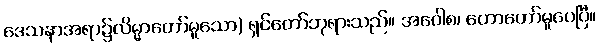
ဒေသနာအရာ၌လိမ္မာတော်မူသော) ရှင်တော်ဘုရားသည်။ အဝေါစ၊ ဟောတော်မူပေပြီ။